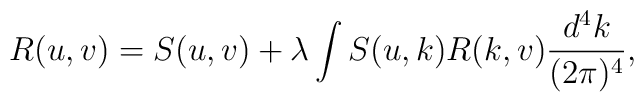
R(u,v)=S(u,v)+\lambda\int S(u,k)R(k,v)\frac{d^4k}{(2\pi)^4},